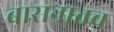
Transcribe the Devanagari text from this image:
बासनातच